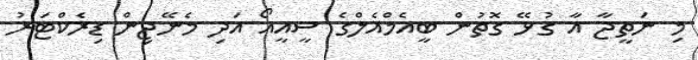
މި ނަތީޖާ އާ ގުޅޭ ގޮތުން ބީއެމްއެލްގެ ސީއީއޯ އަދި މެނޭޖިން ޑިރެކްޓަރު